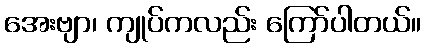
အေးဗျာ၊ ကျုပ်ကလည်း ကြော်ပါတယ်။